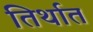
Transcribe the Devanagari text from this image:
तिर्थात